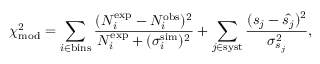
\chi _ { \mathrm { m o d } } ^ { 2 } = \sum _ { i \in \mathrm { b i n s } } ^ { } \frac { ( N _ { i } ^ { \mathrm { e x p } } - N _ { i } ^ { \mathrm { o b s } } ) ^ { 2 } } { N _ { i } ^ { \mathrm { e x p } } + ( \sigma _ { i } ^ { \mathrm { s i m } } ) ^ { 2 } } + \sum _ { j \in \mathrm { s y s t } } ^ { } \frac { ( s _ { j } - \hat { s _ { j } } ) ^ { 2 } } { \sigma _ { s _ { j } } ^ { 2 } } ,